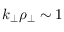
k _ { \perp } \rho _ { \perp } \sim 1